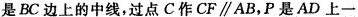
是BC边上的中线，过点C作CF∥AB，P是AD上一